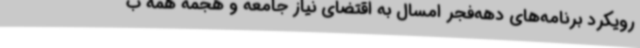
رویکرد برنامه‌های دهه‌فجر امسال به اقتضای نیاز جامعه و هجمه همه ب